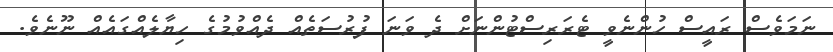
ނަމަވެސް ރައީސް ހުންނެވީ ޓެރަރިސްޓުންނަށް ދެ ވަނަ ފުރުސަތެއް ދެއްވުމުގެ ހިޔާލެއްގައެއް ނޫނެވެ.